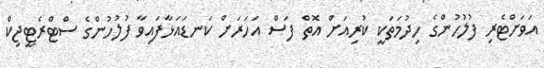
އަވަށްޓެރި ފުލުހުންގެ ހިދުމަތަކީ ކުރިއަށް އޮތް ފަސް އަހަރަށް ކަނޑައަޅާފައިވާ ފުލުހުންގެ ސްޓްރެޓީޖިކް